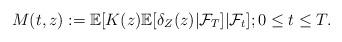
LaTeX: \begin{align*}M(t,z) := \mathbb{E}[K(z)\mathbb{E}[\delta_Z(z)|\mathcal{F}_T] | \mathcal{F}_t];0 \leq t \leq T.\end{align*}